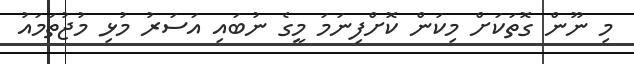
މި ނޫން ގޮތަކަށް މިކަން ކޮށްފިނަމަ މީގެ ނުބައި އަސަރު މުޅި މުޖުތަމައު